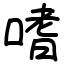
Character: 嗜